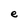
Character: e